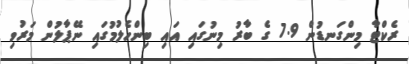
ރެކްޓާ މިންގަނޑުން 7.9 ގެ ބާރު މިނުގައި އައި ބިންހެލުމުގައި ނޭޕާލުން މަރުވި